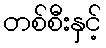
တစ်စီးနှင့်